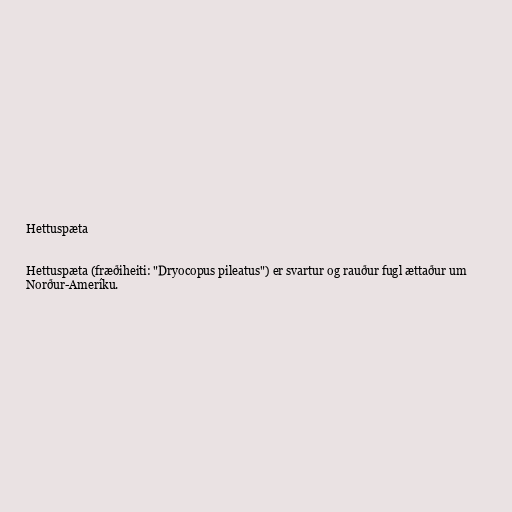
Hettuspæta

Hettuspæta (fræðiheiti: "Dryocopus pileatus") er svartur og rauður fugl ættaður um
Norður-Ameríku.